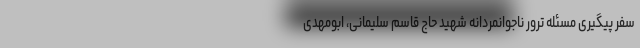
سفر پیگیری مسئله ترور ناجوانمردانه شهید حاج قاسم سلیمانی، ابومهدی